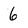
Character: 6